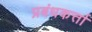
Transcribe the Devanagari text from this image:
प्रबंधकर्त्ता